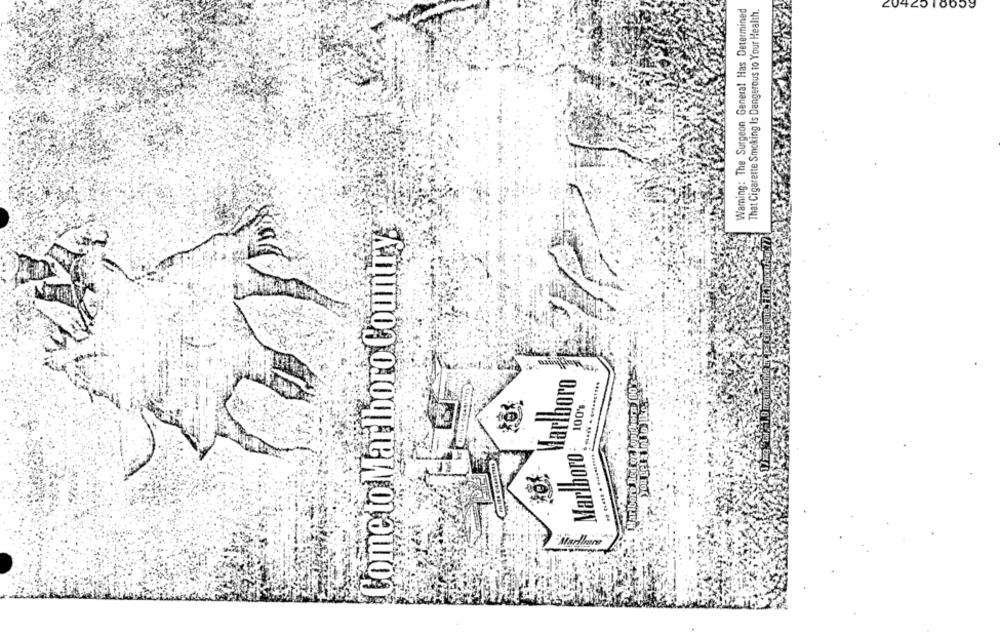
Warning: The Surgeon General Has Determined
That Cigarette Smoking Is Dangerous to Your Health.
20420 10059
Come to Marlboro Country:
Marlboro Bed er Jupp.horn 100's-
Marlboro
you gel a lot to Ike ..
100%
Marlboro
Marlboro